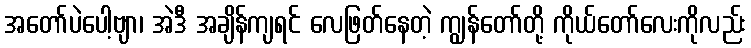
အတော်ပဲပေါ့ဗျာ၊ အဲဒီ အချိန်ကျရင် လေဖြတ်နေတဲ့ ကျွန်တော်တို့ ကိုယ်တော်လေးကိုလည်း